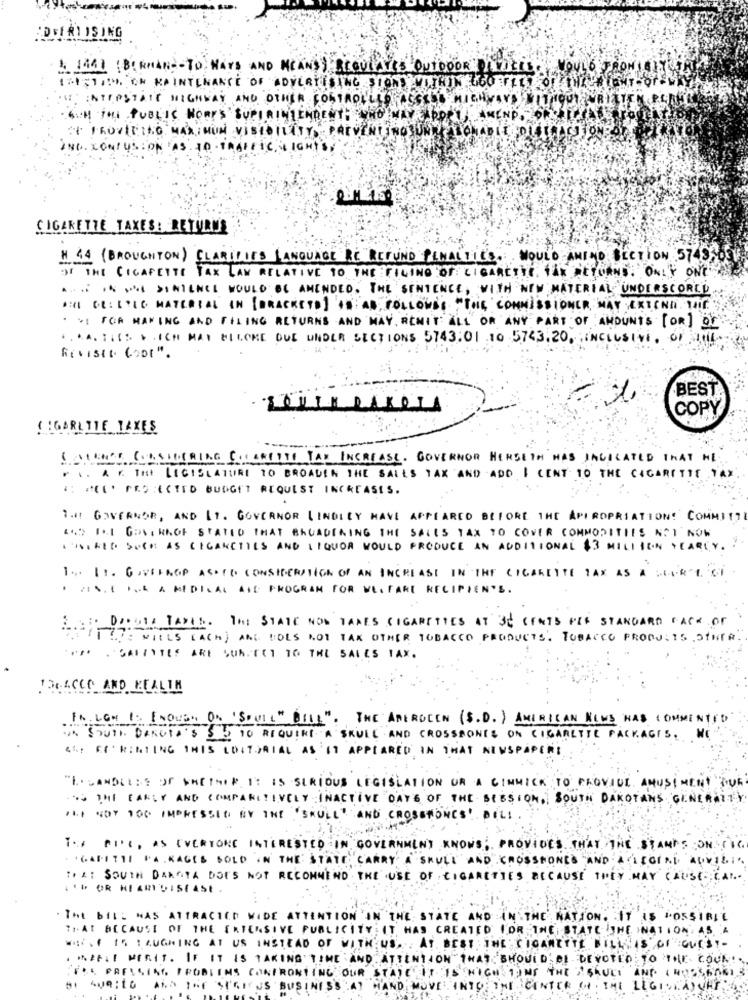
ADVERTISING
4. 1441 (B( KHAN -- TO WAYS AND MEANS) REGULATES OUTDOOR ITALIE WOULD
1%1;1/34. CH MAINTENANCE OF ADVERTISING SIONS HIN 60 7
THE INTERSTATE HIGHWAY AND OTHER CONTROLLED ACCELL MICHVAND
WITH THE PUBLIC WORKS SUPERINTENDENTS WHO HAVE DORT MIND.
IN PROVIDING MAXIMUM VISIBILITY. PREVERTIROSUNO
IND. CONTUSION AS TO TRAFFIC LIGHTS
CIGARETTE TAXES: RETURNS
# 44 (BROUGHTON) CLARIFIES LANGUAGE RE REFUND PENALTIES. WOULD ANINO SECTION 574990
OF THE CIGARETTE TAX LAW RELATIVE TO THE FILING OF CIGARETTE, TAX RETURNS. ONLY ONE
A.S . P >INIENEL WOULD BE AMENDED. THE SENTENCE, WITH NEW MATERIAL, UNDERSCOREL
ARE CE: EPLE MATERIAL IN [BRACKETD] IS AD, FOLLOWDE "TOIR COMMISSIONER, MAY EXTEND THE"
. VI FOR MAKING AND FILING RETURNS AND MAY, RENIT ALL OR ANY PART OF AMOUNTS [OR] OF
.. KA. THIS SICH MAY WELCHE DUE UNDER SECTIONS 5743:01 10 5743.20, INCLUSIVE, OF HILL
Riviste CODE".
BEST
COPY
! ! GARLTTE TAKES
ISTENE CASTERRING CHARETTE TAX INCREASE. GOVERNOR HERSETH HAS JAGICATED THAT HE ..
. 1. A F. THE LEGISLATURE TO BROADEN THE SALES TAX AND ADD I CENT TO THE CIGARETTE TAX
( " PROTECTED BUDGET REQUEST INCREASES.
THE GOVERNOR, AND LT. GOVERNOR LINDLEY HAVE APPEARED BEFORE THE APIROPRIATION!" COMMITT
445 IL GOVERNOF STATED THAT BROADENING THE SALES TAX TO COVER COMMODITIES NOT NOW
ATIKER SUCH AS CIGARETTES AND LIQUOR WOULD PRODUCE AN ADDITIONAL $3 MILISEN YEARLY. .
1 .. IT. GIVELAGP ASKED CONSIDERATION OF AN INCREASE IN THE CIGARETTE TAX AS A COURT OF
. FINN I ILE A MEDICAL ALE PROGRAM FOR WELFARE RECIPIENTS.
.DODALA PAPEL. The STATE NON TAKES CIGARETTES AT 30 CENTS PER STANDARD CACK OF
ATTHE HILLS LACK) AME BOLS NOT TAX OTHER TOBACCO PRODUCTS. TOBACCO PRODUCTS OTHER.
PH SAINTES ARE SUR-TE1 10 THE SALES TAX.
TREACLE AND HEALTH
IN LGH 1: ENOUGH OS 'SQUIL" BILL". THE AMEROCEN (S.D. ) AMERICAN NEWS HAS COMMENTED
IN SOUTH DAKOTA'S SE TO REQUIRE A SKULL AND CROSSBONES ON CIGARETTE PACKAGES.
SAP FO RENTING THIS EDITORIAL AS IT APPEARED IN THAT NEWSPAPER!
"I. CANDLESS OF WHETHER It IS SERIOUS LEGISLATION OR A CINNICK TO PROVIDE AMUSEMENT SUR
SO THE EARLY AND COMPANITIVELY INACTIVE DAYS OF THE SESSION, SOUTH DAKOTANS GENERALTY
ALI NOT TOO IMPRESSED BY THE 'SKULL" AND CROSSHONES! BILL
THE PIPE, AS EVERYONE INTERESTED IN GOVERNMENT KNOWS, PROVIDES THAT THE STANDS ONIC.
. 'GAPETTE PAKAGES SOLD IN THE STATE CARRY A SKULL AND CROSSBONES AND ALEGEND ADVILI.
TIL: SOUTH DAKOTA DOES NOT RECOMMEND THE USE OF CIGARETTES BECAUSE THEY MAY CAUSE CAL.
.'" OR HEARTDISEASE
THE BIL: HAS ATTRACTED WIDE ATTENTION ON THE STATE AND IN THE NATION. IT IS POSSIBLE
THAT BECAUSE OF THE ERIENSIVE PUBLICITY; IT HAS CREATED FOR THE, STATE THE INATION, AS A
WHAT IS TRUCKING AT US INSTEAD OF WITH US. . AT BEST THE CIGARETTE BILLY IS OF GUEST-
MIFIT MERIT. IF IT IS TAKING TIME AND ATTENTION THAT SHOULD BE DEVOTED TO THE COUL! .
TOU PRESSING PROBLEMS CONFRONTING OUR STATE IT IS HIGH TONE THE SAUCE AND INOSSERGIS
BE SURETO ALS THE SEGENS BUSINESS AT HAND MOVE INTO THE CENTER OF THE LEGIONAJURI